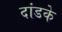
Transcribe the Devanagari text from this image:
दांडके